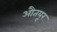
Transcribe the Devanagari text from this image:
औतयूर